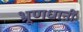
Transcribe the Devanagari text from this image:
भ्रूणधानी